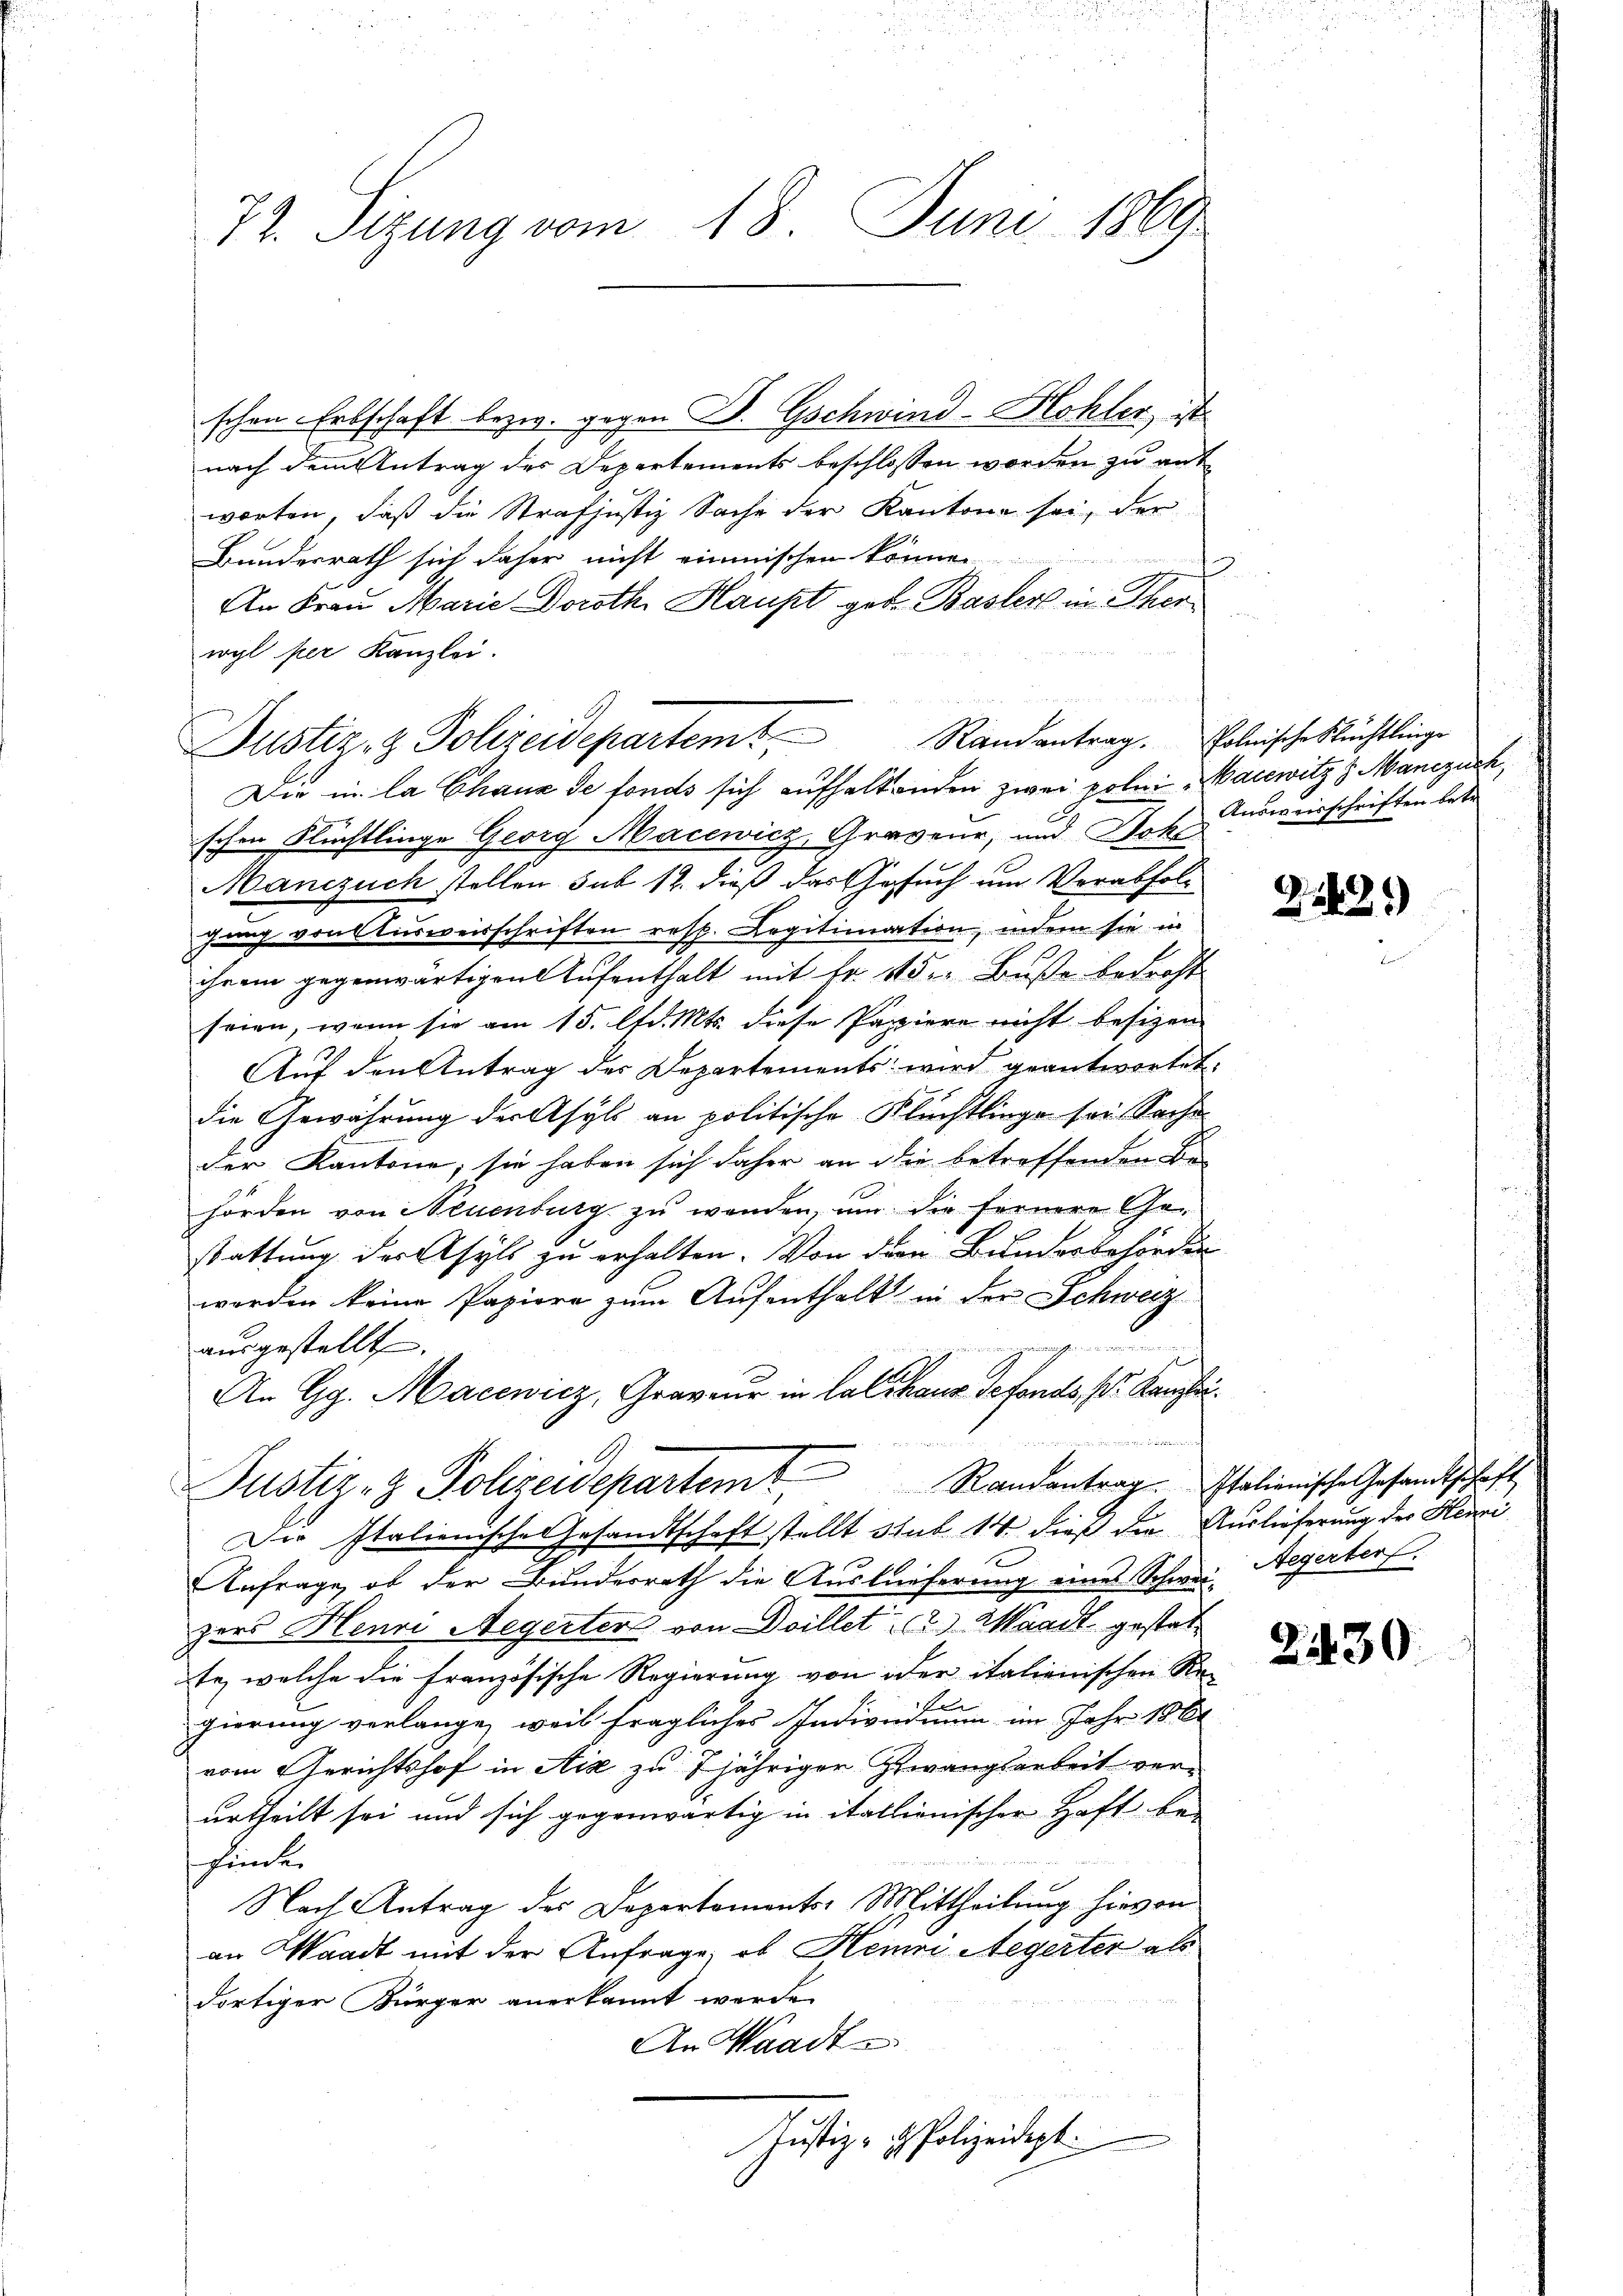
72. Sizung vom 18. Juni 1869

schen Erbschaft bezw. gegen D. Gschwind-Hohler, ist
nach dem Antrag des Departements beschlossen worden zu ant
worten, daß die Strafjustiz Sache der Kantone sei, der
Bundesrath sich daher nicht einmischen können
An Frau Marie Doroth, Haupt geb. Basler in Ther
wyl per Kanzlei.
Die in la Chaux de fonds sich aufhaltenden zwei polni Macewitz 3 Manezuch,
schen Flüchtlinge Georg Macewicz, Graveur, und Hohe
Manezuch stellen sub 12. dieß das Gesuch um Verabfolgung von Ausweisschriften resp. Legitimation, indem sie in
ihrem gegenwärtigen Aufenthalt mit Fr. 1 der Buße bedroht
seien, wenn sie am 15. lfd. Mts. diese Papiere nicht besizen
Auf den Antrag der Departements wird geantwortet.
die Gewährung der Asyls an politische Flüchtlinge sei Sache
der Kantone; sie haben sich daher an die betreffenden Behörden von Neuenburg zu wenden, um die fernere Gestattung der Asyls zu erhalten. Von der Bundesbehörden
worden keine Papiere zum Aufenthalt in der Schwerz
gen
ausgestellt.
An Gg. Macewicz, Graveur in lalshaus defonds, Dr. Kanzlei
 Dämmenenf
Pustiz- & Polizeidepartem Randantrag. Italienische Gesandtschaft
Die Italienische Gesandtschaft stellt sub 14 dieß die Auslieferung der Henzi
Anfrage, ob der Bundesrath die Auslieferung eines Schweizers Henri Megerter von Drillet 2.) Waadt gestatte, welche die französische Regierung von oder italienischen Ree
gierung verlange, weil fragliches Indivndium im Jahr 1861
vom Gerichtshof in Aix zu 2jähriger Zwangsarbeit verurtheilt sei und sich gegenwärtig in italienischer Haft be-
finden
Nach Antrag des Departements-Mittheilung hievon
an Waadt mit der Anfrage, ob Heinri Aegerter als
dortiger Bürger anerkannt werde.
An Waadt
Justiz- & Polizeidept.

Justiz & Polizeidepartemt

i

Randantrag. Polnische Stüchtlinge
Ausweisschriften betr.

223.

Aegertert.

2430